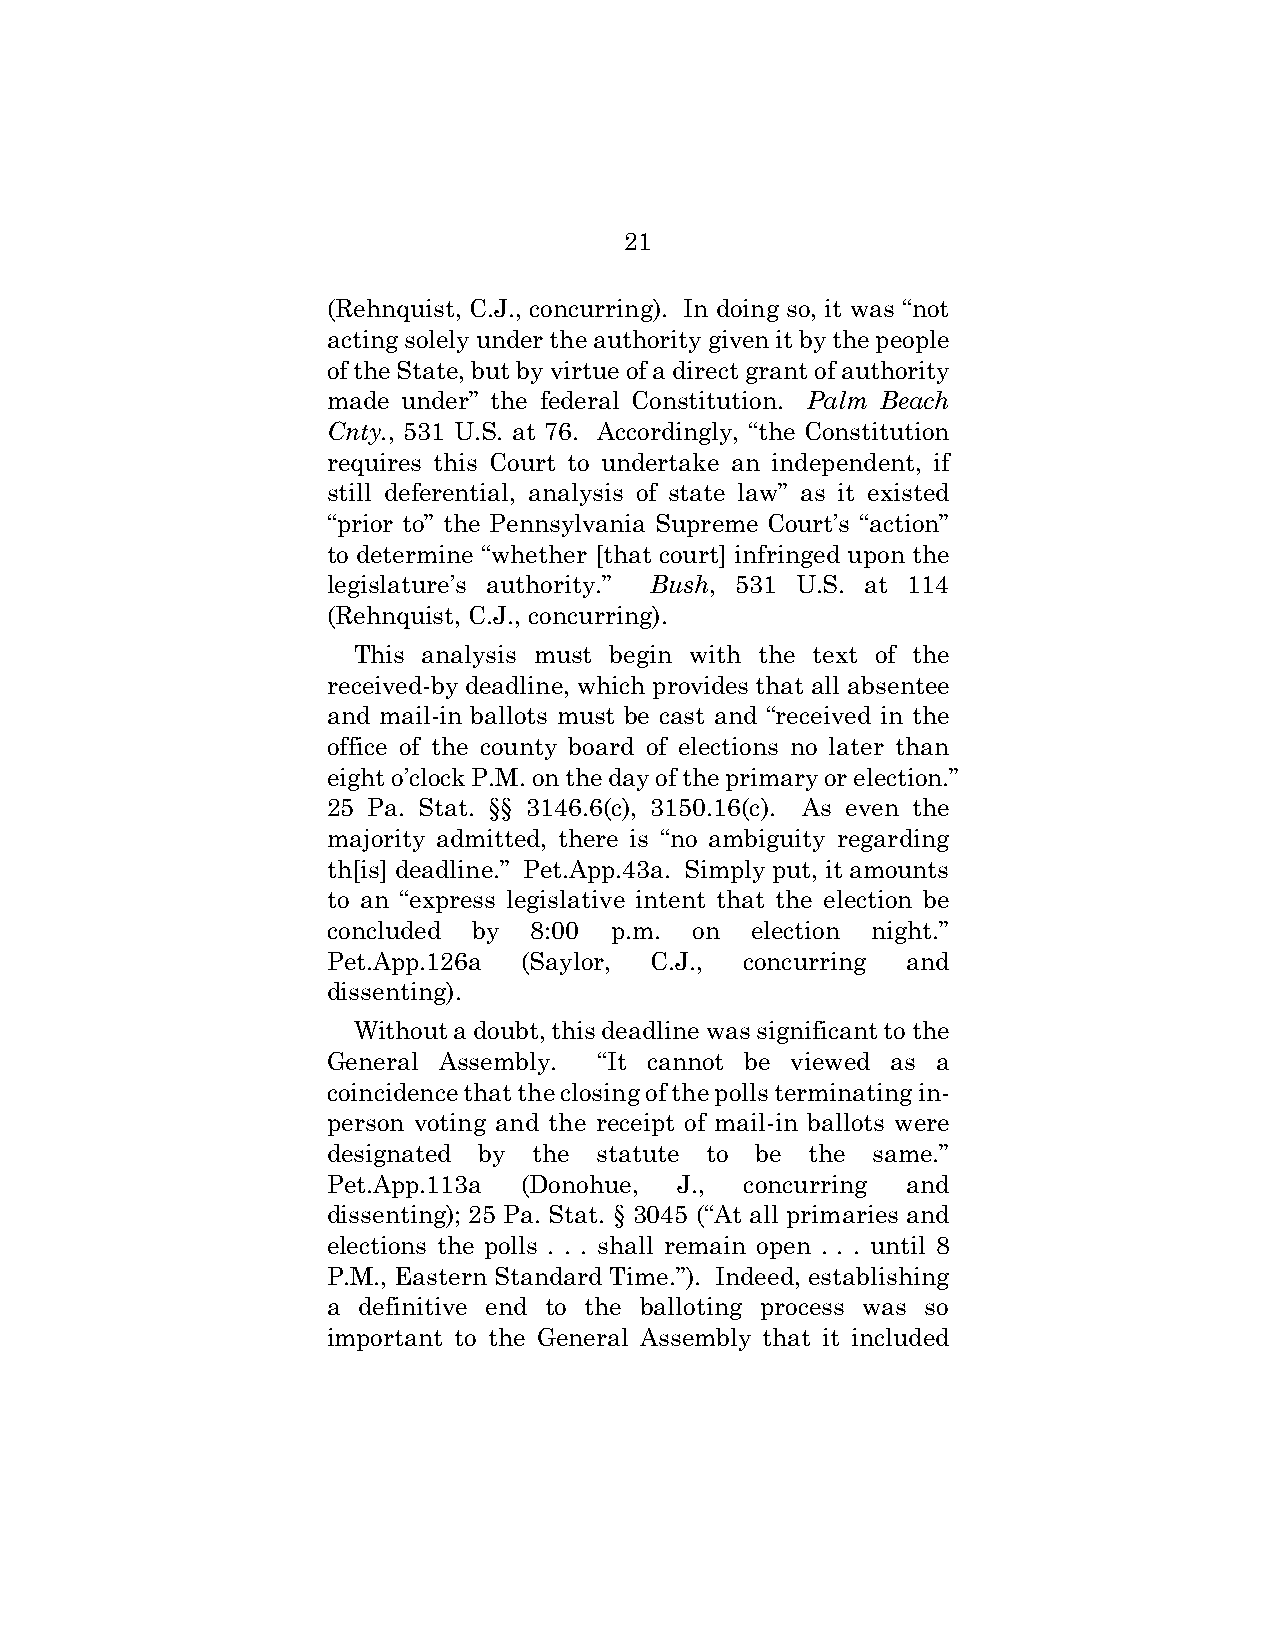
21
 (Rehnquist, C.J., concurring). In doing so, it was “not
 acting solely under the authority given it by the people
 of the State, but by virtue of a direct grant of authority
 made under” the federal Constitution. Palm Beach
 Cnty., 531 U.S. at 76. Accordingly, “the Constitution
 requires this Court to undertake an independent, if
 still deferential, analysis of state law” as it existed
 “prior to” the Pennsylvania Supreme Court’s “action”
 to determine “whether [that court] infringed upon the
 legislature’s authority.” Bush, 531 U.S. at 114
 (Rehnquist, C.J., concurring).
 This analysis must begin with the text of the
 received-by deadline, which provides that all absentee
 and mail-in ballots must be cast and “received in the
 office of the county board of elections no later than
 eight o’clock P.M. on the day of the primary or election.”
 25 Pa. Stat. §§ 3146.6(c), 3150.16(c). As even the
 majority admitted, there is “no ambiguity regarding
 th[is] deadline.” Pet.App.43a. Simply put, it amounts
 to an “express legislative intent that the election be
 concluded by 8:00 p.m.  on  election night.”
 Pet.App.126a (Saylor, C.J., concurring and
 dissenting).
 Without a doubt, this deadline was significant to the
 General Assembly. “It cannot be viewed as a
 coincidence that the closing of the polls terminating in-
 person voting and the receipt of mail-in ballots were
 designated by the statute to be the same.”
 Pet.App.113a (Donohue, J., concurring and
 dissenting); 25 Pa. Stat. § 3045 (“At all primaries and
 elections the polls . . . shall remain open . . . until 8
 P.M., Eastern Standard Time.”). Indeed, establishing
 a definitive end to the balloting process was so
 important to the General Assembly that it included